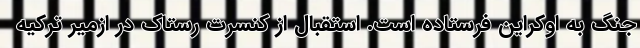
جنگ به اوکراین فرستاده است. استقبال از کنسرت رستاک در ازمیر ترکیه